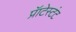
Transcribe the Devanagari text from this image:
प्रॅाटेस्टंट